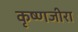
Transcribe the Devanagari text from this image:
कृष्णजीरा